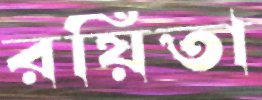
রয়িতা